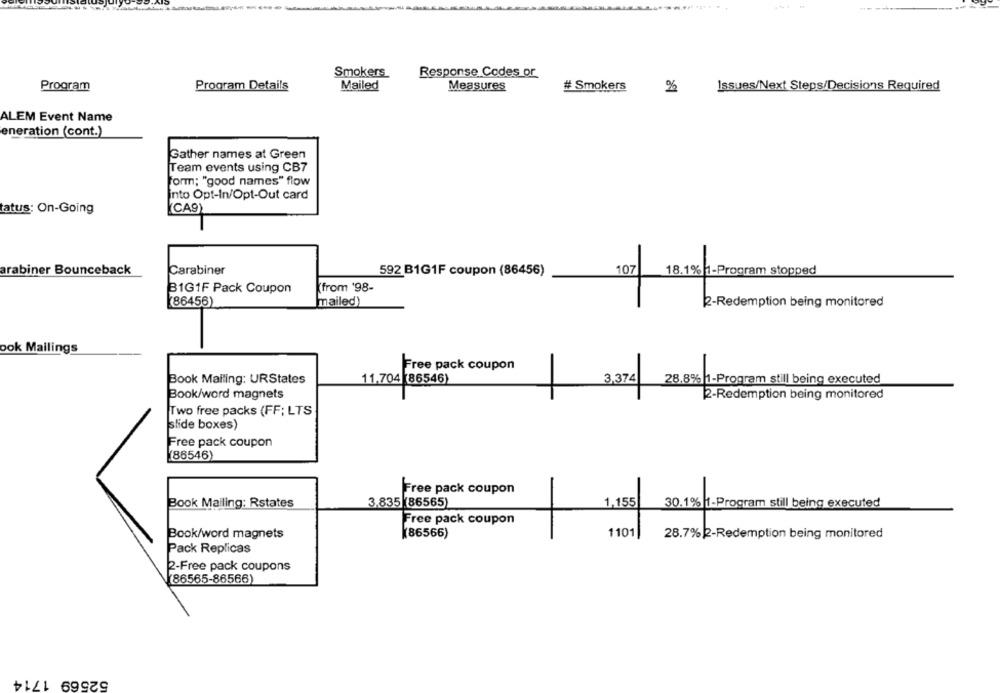
Smokers
Response Codes or
Program
Program Details
Mailed
Measures
# Smokers
%
Issues/Next Steps/Decisions Required
ALEM Event Name
eneration (cont.)
Gather names at Green
Team events using CB7
form; "good names" flow
into Opt-In/Opt-Out card
tatus: On-Going
(CA9)
Carabiner
107
arabiner Bounceback
592 B1G1F coupon (86456)
18.1% 1-Program stopped
B1G1F Pack Coupon
(from '98-
(86456)
mailed)
2-Redemption being monitored
ook Mailings
Free pack coupon
-
Book Mailing: URStates
3,374
28.8% |1-Program still being executed
Book/word magnets
2-Redemption being monitored
Two free packs (FF; LTS
slide boxes)
Free pack coupon
86546)
Free pack coupon
Book Mailing: Rstates
3.835(86565)
1,155
30.1% |1-Program still being executed
Free pack coupon
Book/word magnets
(86566)
1101
28.7% 2-Redemption being monitored
Pack Replicas
2-Free pack coupons
(86565-86566)
52569 1714